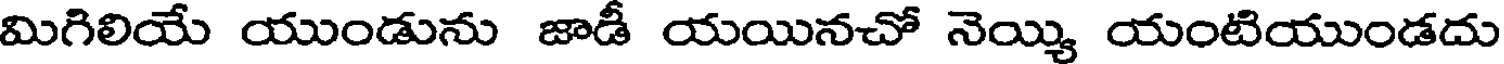
మిగిలియే యుండును జాడీ యయినచో నెయ్యి యంటియుండదు